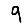
Digit: 9